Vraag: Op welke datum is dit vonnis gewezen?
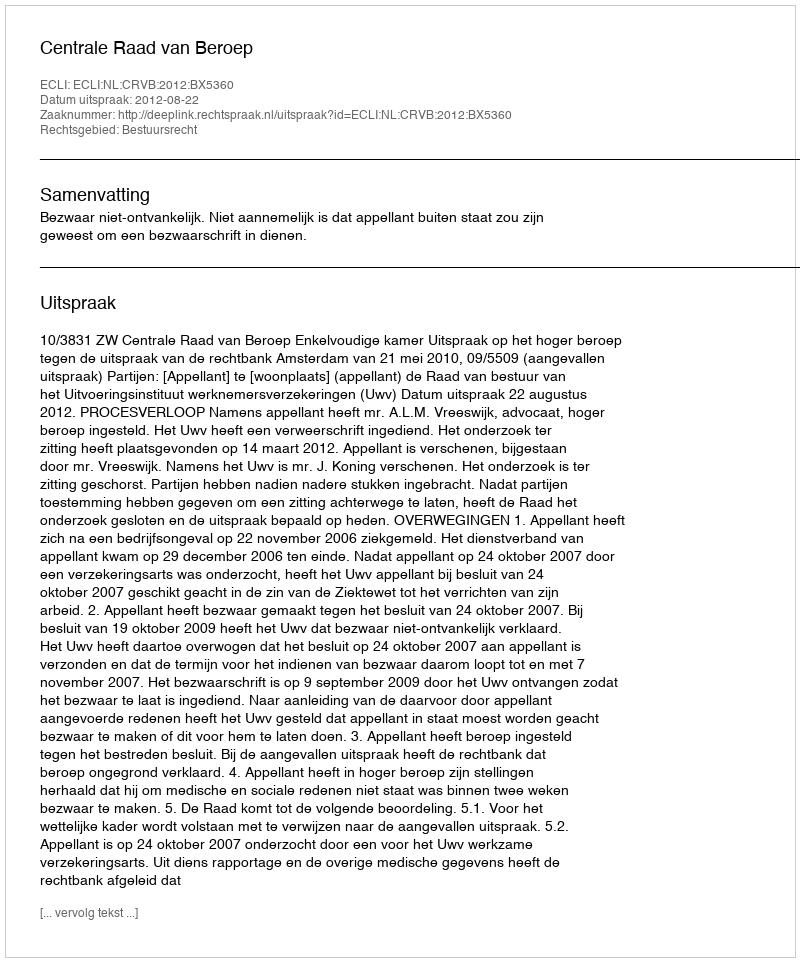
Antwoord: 2012-08-22